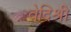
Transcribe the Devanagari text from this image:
वेदिश्री